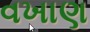
વખાણ